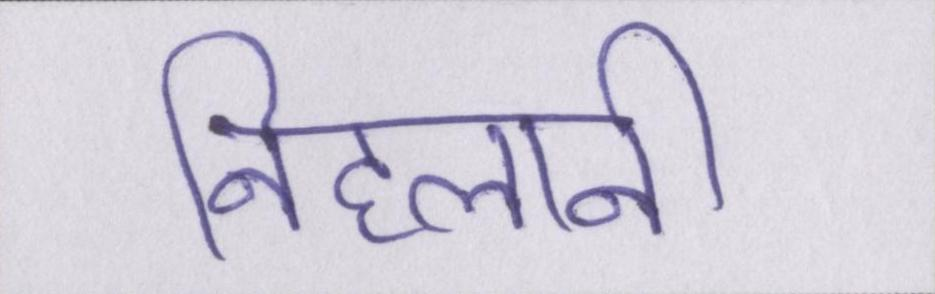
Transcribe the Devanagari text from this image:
निहलानी